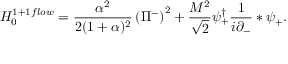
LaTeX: { \cal H } _ { 0 } ^ { 1 + 1 f l o w } = \frac { \alpha ^ { 2 } } { 2 ( 1 + \alpha ) ^ { 2 } } \left( \Pi ^ { - } \right) ^ { 2 } + \frac { M ^ { 2 } } { \sqrt { 2 } } \psi _ { + } ^ { \dag } \frac { 1 } { i \partial _ { - } } * \psi _ { + } .